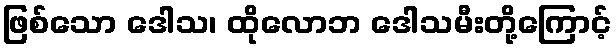
ဖြစ်သော ဒေါသ၊ ထိုလောဘ ဒေါသမီးတို့ကြောင့်